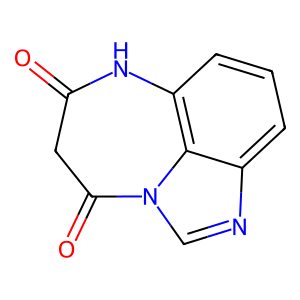
SMILES: O=C1CC(=O)n2cnc3cccc(c32)N1
Inhibits HIV replication: Yes